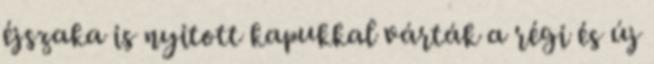
éjszaka is nyitott kapukkal várták a régi és új